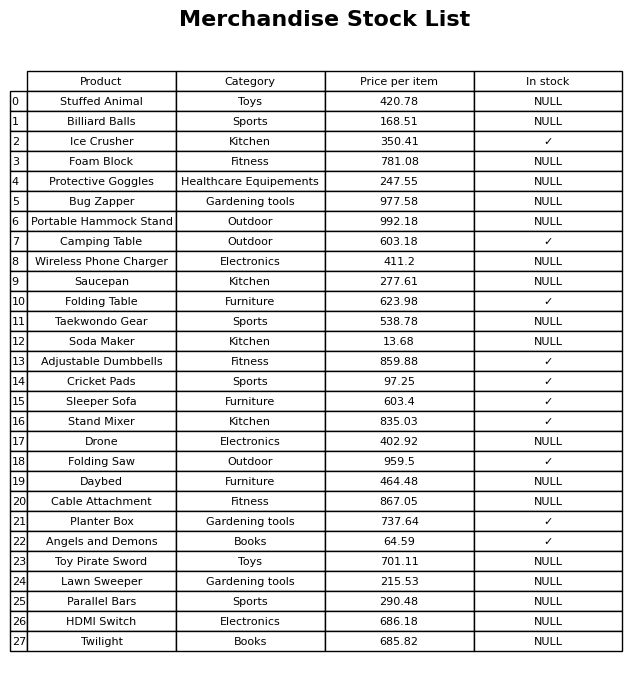
question: What is the price of the Folding Table?
answer: The price of Folding Table is 623.98.